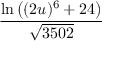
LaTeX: \frac { \ln { \big ( } ( 2 u ) ^ { 6 } + 2 4 { \big ) } } { \sqrt { 3 5 0 2 } }